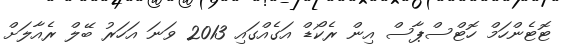
ޓޮޓެންހަމް ހޮޓްސްޕާސް އިން ރެކޯޑް އަގެއްގައި 2013 ވަނަ އަހަރު ބޭލް ރެއާލަށް